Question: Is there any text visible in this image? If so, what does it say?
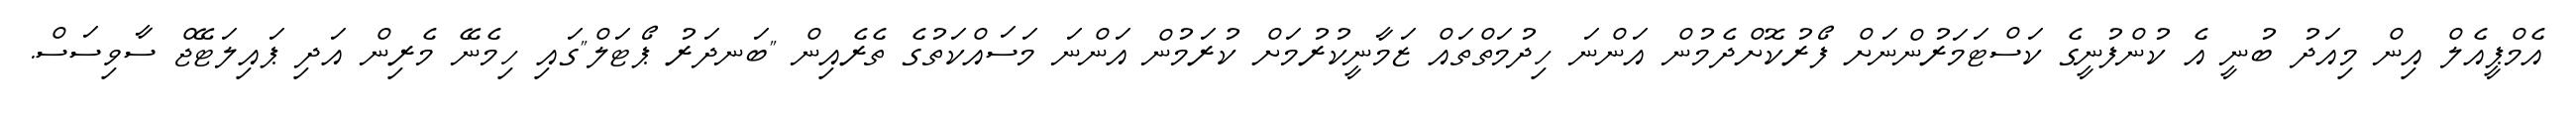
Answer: އެމްޕީއެލް އިން މިއަދު ބުނީ އެ ކުންފުނީގެ ކަސްޓަމަރުންނަށް ފޯރުކޮށްދެމުން އަންނަ ހިދުމަތްތައް ޒަމާނީކުރުމަށް ކުރަމުން އަންނަ މަސައްކަތުގެ ތެރެއިން "ބަނދަރު ޕޯޓަލް"ގައި ހިމެނޭ މެރިން އަދި ޕައިލަޓޭޖް ސާވިސަސް.